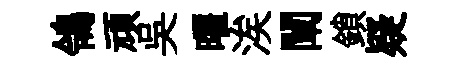
鴒頑吳曜涘闡鎖疑